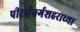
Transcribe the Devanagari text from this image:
पीटर्सबर्गशहराच्या